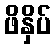
ဖိနှိပ်